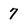
Character: 7